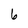
Character: 6